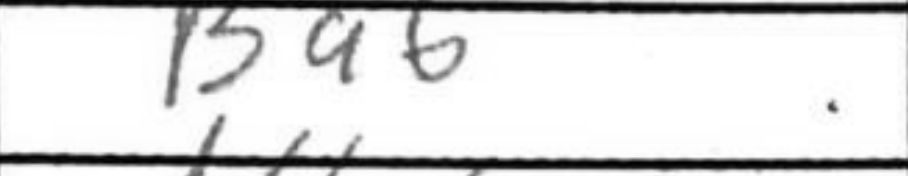
Transcription: Ba6